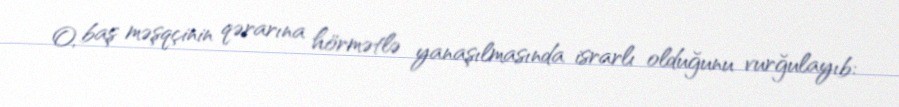
O, baş məşqçinin qərarına hörmətlə yanaşılmasında israrlı olduğunu vurğulayıb: